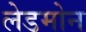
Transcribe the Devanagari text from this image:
लेडमोन